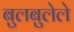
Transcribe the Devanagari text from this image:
बुलबुलेले